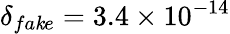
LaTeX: \delta_{fa\mathit{k}e}=3.4\times10^{-14}